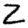
Digit: 2